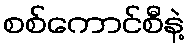
စစ်ကောင်စီနဲ့